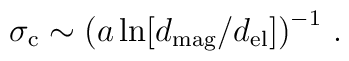
\sigma_\mathrm{c} \sim \left( a \ln[d_{\rm mag}/d_{\rm el}] \right)^{-1} \, .